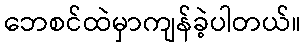
ဘေစင်ထဲမှာကျန်ခဲ့ပါတယ်။